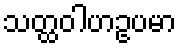
သတ္ထဝါဟဥပမာ